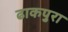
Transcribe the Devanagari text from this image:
ढाकपुरा